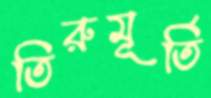
তিরুমূর্তি